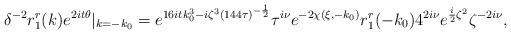
LaTeX: \begin{align*} \delta^{-2}{r}^{r}_1(k)e^{2it\theta}|_{k=-k_0}=e^{16itk_0^3-i\zeta^3(144\tau)^{-\frac{1}{2}}}\tau^{i\nu}e^{-2\chi(\xi,-k_0)}{r}^{r}_1(-k_0)4^{2i\nu}e^{\frac{i}{2}\zeta^2}\zeta^{-2i\nu},\end{align*}